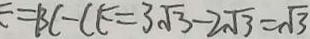
E = B C - C E = 3 \sqrt { 3 } - 2 \sqrt { 3 } = \sqrt { 3 }